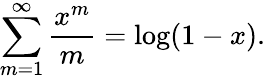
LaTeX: \sum_{m=1}^{\infty}{\frac{x^{m}}{m}}=\log(1-x).